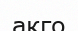
акго